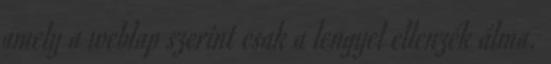
amely a weblap szerint csak a lengyel ellenzék álma.